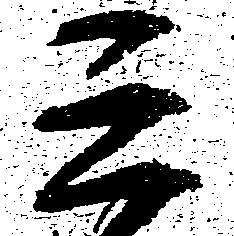
三